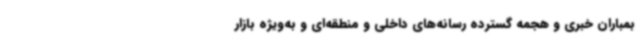
بمباران خبری و هجمه گسترده رسانه‌های داخلی و منطقه‌ای و به‌ویژه بازار